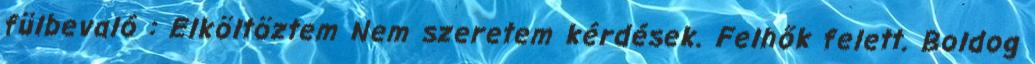
fülbevaló : Elköltöztem Nem szeretem kérdések. Felhők felett. Boldog